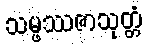
သမ္ဖဿဇာသုတ္တံ